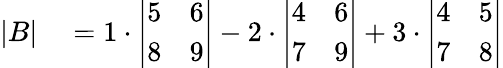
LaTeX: \begin{array}{rl}{|B|}&{{}=1\cdot{\left|\begin{array}{ll}{5}&{6}\\ {8}&{9}\end{array}\right|}-2\cdot{\left|\begin{array}{ll}{4}&{6}\\ {7}&{9}\end{array}\right|}+3\cdot{\left|\begin{array}{ll}{4}&{5}\\ {7}&{8}\end{array}\right|}}\end{array}